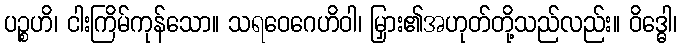
ပဉ္စဟိ၊ ငါးကြိမ်ကုန်သော။ သရဝေဂေဟိဝါ၊ မြှား၏အဟုတ်တို့သည်လည်း။ ဝိဒ္ဓေါ၊